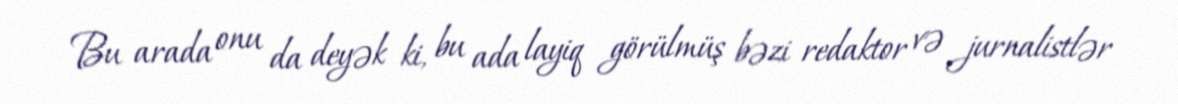
Bu arada onu da deyək ki, bu ada layiq görülmüş bəzi redaktor və jurnalistlər